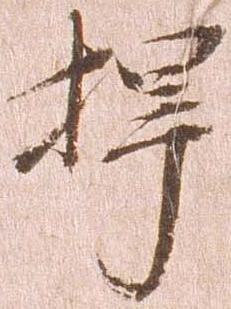
扞